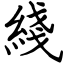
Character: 綫